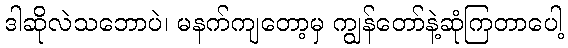
ဒါဆိုလဲသဘောပဲ၊ မနက်ကျတော့မှ ကျွန်တော်နဲ့ဆုံကြတာပေါ့